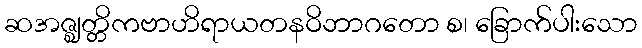
ဆအဇ္ဈတ္တိကဗာဟိရာယတနဝိဘာဂတော စ၊ ခြောက်ပါးသော